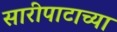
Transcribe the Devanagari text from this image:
सारीपाटाच्या